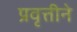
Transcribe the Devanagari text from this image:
प्रवृत्तीने